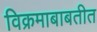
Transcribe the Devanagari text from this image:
विक्रमाबाबतीत